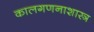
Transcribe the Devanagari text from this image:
कालगणनाशास्त्र